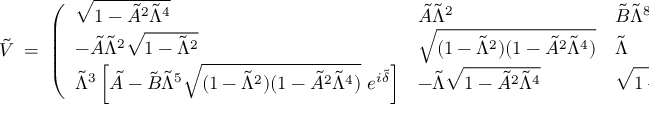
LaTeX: \tilde { V } \; = \; \left( \begin{array} { l l l } { { \sqrt { 1 - \tilde { A } ^ { 2 } \tilde { \Lambda } ^ { 4 } } } } & { { \tilde { A } \tilde { \Lambda } ^ { 2 } } } & { { \tilde { B } \tilde { \Lambda } ^ { 8 } e ^ { - i \tilde { \delta } } } } \\ { { - \tilde { A } \tilde { \Lambda } ^ { 2 } \sqrt { 1 - \tilde { \Lambda } ^ { 2 } } } } & { { \sqrt { ( 1 - \tilde { \Lambda } ^ { 2 } ) ( 1 - \tilde { A } ^ { 2 } \tilde { \Lambda } ^ { 4 } ) } } } & { { \tilde { \Lambda } } } \\ { { \tilde { \Lambda } ^ { 3 } \left[ \tilde { A } - \tilde { B } \tilde { \Lambda } ^ { 5 } \sqrt { ( 1 - \tilde { \Lambda } ^ { 2 } ) ( 1 - \tilde { A } ^ { 2 } \tilde { \Lambda } ^ { 4 } ) } ~ e ^ { i \tilde { \delta } } \right] } } & { { - \tilde { \Lambda } \sqrt { 1 - \tilde { A } ^ { 2 } \tilde { \Lambda } ^ { 4 } } } } & { { \sqrt { 1 - \tilde { \Lambda } ^ { 2 } } } } \end{array} \right) \; .